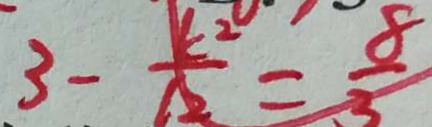
3 - \frac { k ^ { 2 } } { 1 2 } = \frac { 8 } { 3 }